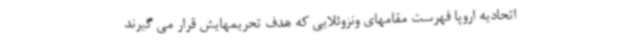
اتحادیه اروپا فهرست مقامهای ونزوئلایی که هدف تحریمهایش قرار می گیرند